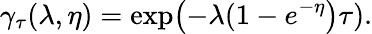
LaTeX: \gamma_{\tau}(\lambda,\eta)=\exp\! \left(-\lambda(1-e^{-\eta}\right)\tau).